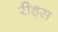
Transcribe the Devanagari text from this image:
रीड्स